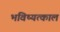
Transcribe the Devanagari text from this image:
भविष्यत्काल